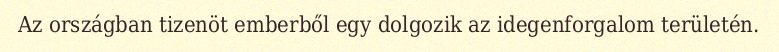
Az országban tizenöt emberből egy dolgozik az idegenforgalom területén.